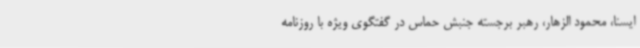
ایسنا، محمود الزهار، رهبر برجسته جنبش حماس در گفتگوی ویژه با روزنامه